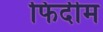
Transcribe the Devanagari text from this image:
फिदीम